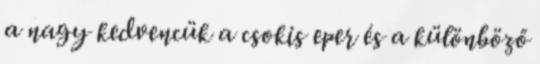
a nagy kedvencük a csokis eper és a különböző